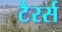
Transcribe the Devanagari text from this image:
टैरर्स